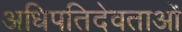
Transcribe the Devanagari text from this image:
अधिपतिदेवताओं